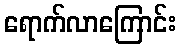
ရောက်လာကြောင်း